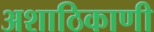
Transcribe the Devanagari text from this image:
अशाठिकाणी